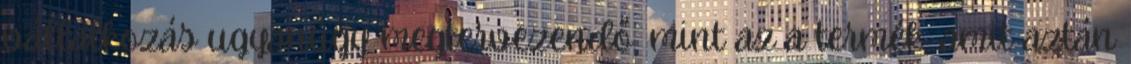
vállalkozás ugyanúgy megtervezendő, mint az a termék, amit aztán